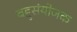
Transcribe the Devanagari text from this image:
बहुसंयोजक